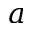
a